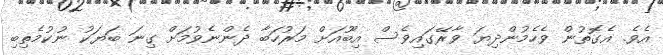
އެވެ. އެގޮތުން ވެހެމުންދިޔަ ވާރޭގައިވެސް އިބޫއަށް މަރުހަބާ ދެންނެވުމަށް ގިނަ ބަޔަކު ނުކުމެތިބި